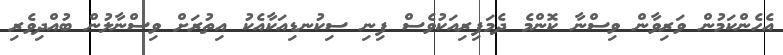
އެހެންކަމުން ވަރިވާން ވިސްނާ ކޮންމެ ދެމަފިރިއަކުވެސް ފިނި ސިކުނޑިއަކާއެކު އިތުރަށް ވިސްނާލުން ބުއްދިވެރި